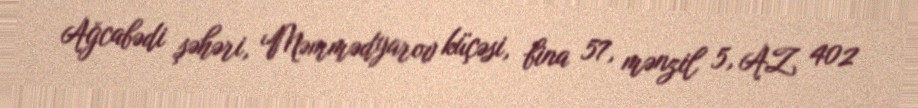
Ağcabədi şəhəri, Məmmədyarov küçəsi, bina 57, mənzil 5, AZ 402